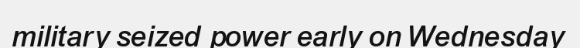
military seized power early on Wednesday